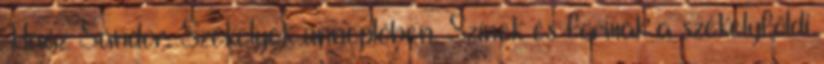
Haáz Sándor: Székelyek ünneplőben. Színek és formák a székelyföldi